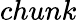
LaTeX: chunk